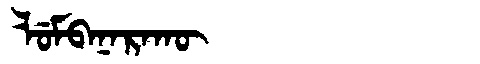
Manchu: ᠯᡠᠮᠪᠠᠨᠠᡵᠠᡴᡡ
Romanization: LUMBANARAKŪ